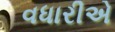
વધારીએ